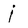
Character: i